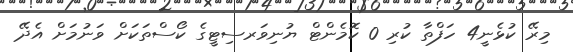
މިރޭ ކުޅެނީ4 ހަފްތާ ކުރި 0 ކޮމެންޓް ޔުނިވަރސިޓީގެ ކޯސްތަކަށް ވަނުމަށް އެދޭ